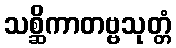
သစ္ဆိကာတဗ္ဗသုတ္တံ